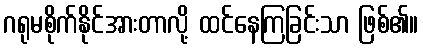
ဂရုမစိုက်နိုင်အားတာလို့ ထင်နေကြခြင်းသာ ဖြစ်၏။